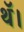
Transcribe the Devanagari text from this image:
थॅ।